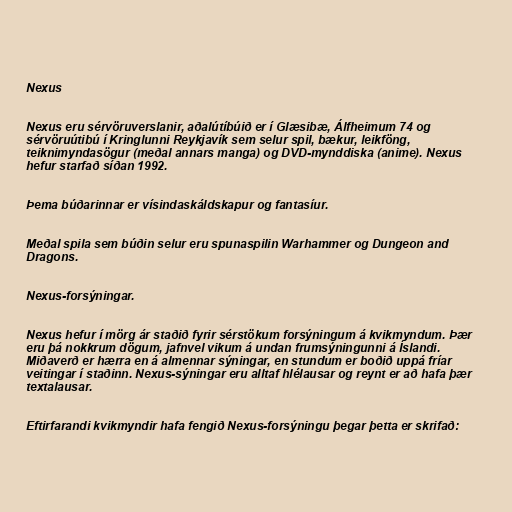
Nexus

Nexus eru sérvöruverslanir, aðalútíbúið er í Glæsibæ, Álfheimum 74 og
sérvöruútibú í Kringlunni Reykjavík sem selur spil, bækur, leikföng,
teiknimyndasögur (meðal annars manga) og DVD-mynddiska (anime). Nexus
hefur starfað síðan 1992.

Þema búðarinnar er vísindaskáldskapur og fantasíur.

Meðal spila sem búðin selur eru spunaspilin Warhammer og Dungeon and
Dragons.

Nexus-forsýningar.

Nexus hefur í mörg ár staðið fyrir sérstökum forsýningum á kvikmyndum. Þær
eru þá nokkrum dögum, jafnvel vikum á undan frumsýningunni á Íslandi.
Miðaverð er hærra en á almennar sýningar, en stundum er boðið uppá fríar
veitingar í staðinn. Nexus-sýningar eru alltaf hlélausar og reynt er að hafa þær
textalausar.

Eftirfarandi kvikmyndir hafa fengið Nexus-forsýningu þegar þetta er skrifað: